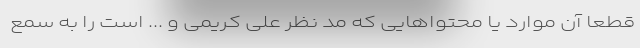
قطعا آن موارد یا محتواهایی که مد نظر علی کریمی و ... است را به سمع